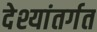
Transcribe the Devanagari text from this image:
देश्यांतर्गत